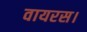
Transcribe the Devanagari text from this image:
वायरस।